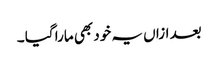
بعد ازاں یہ خود بھی مارا گیا ۔